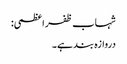
شہاب ظفر اعظمی:
دروازہ بند ہے۔